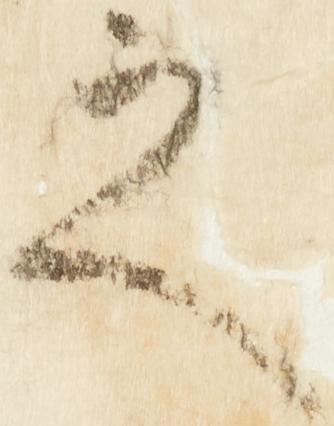
之